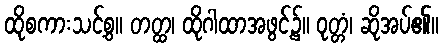
ထိုစကားသင့်စွ။ တတ္ထ၊ ထိုဂါထာအဖွင့်၌။ ဝုတ္တံ၊ ဆိုအပ်၏။